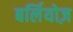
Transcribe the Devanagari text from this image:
बर्लियोज़